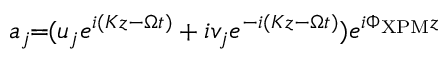
a _ { j } \! \! = \! \! ( u _ { j } e ^ { i ( K z - \Omega t ) } + i v _ { j } e ^ { - i ( K z - \Omega t ) } ) e ^ { i \Phi _ { \mathrm { X P M } } z }